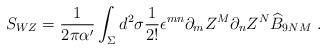
LaTeX: \begin{align*}S_{WZ} = \frac{1}{2 \pi \alpha'} \int_\Sigma d^2 \sigma \frac{1}{2!} \epsilon^{mn} \partial_m Z^M \partial_n Z^N \widehat{B}_{9NM} ~.\end{align*}